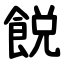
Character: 䬽